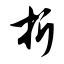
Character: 折